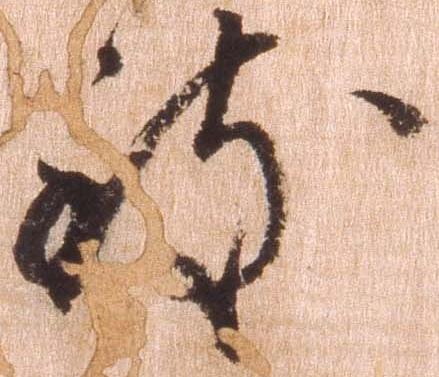
致